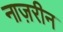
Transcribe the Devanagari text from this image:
नाज़रीन